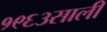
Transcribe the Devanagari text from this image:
१९६३साली